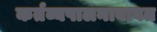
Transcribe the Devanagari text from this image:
कर्तव्यपालनाबाबत